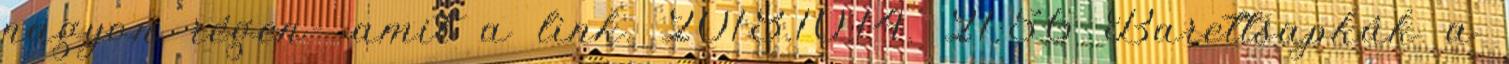
nagyon régen- amit a link. 2018.10.14. 21:56 Barettsapkák a